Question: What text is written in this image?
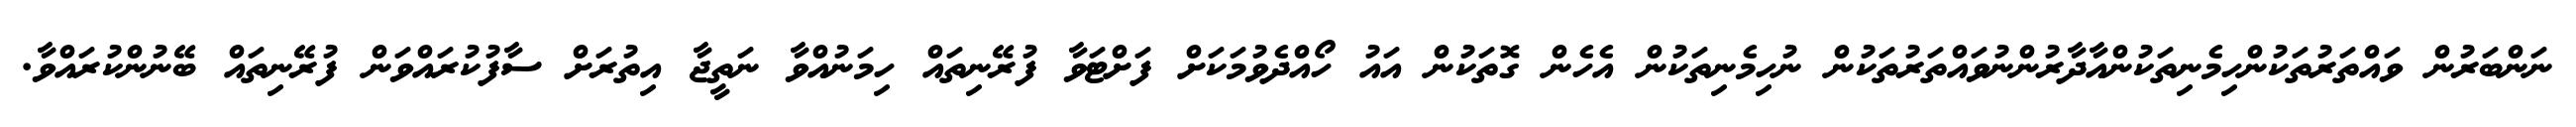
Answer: ނަންބަރުން ވައްތަރުތަކުންހިމެނިތަކުންއާދާރުންނުވައްތަރުތަކުން ނުހިމެނިތަކުން އެހެން ގޮތަކުން އައު ހޯއްދެވުމަކަށް ފަށްޓަވާ ފުރޭނިތައް ހިމަނުއްވާ ނަތީޖާ އިތުރަށް ސާފުކުރައްވަން ފުރޭނިތައް ބޭނުންކުރައްވާ.